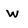
Character: w